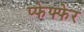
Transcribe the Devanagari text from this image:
प्फेफ्फेर